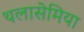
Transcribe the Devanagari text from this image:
थलासेमिया